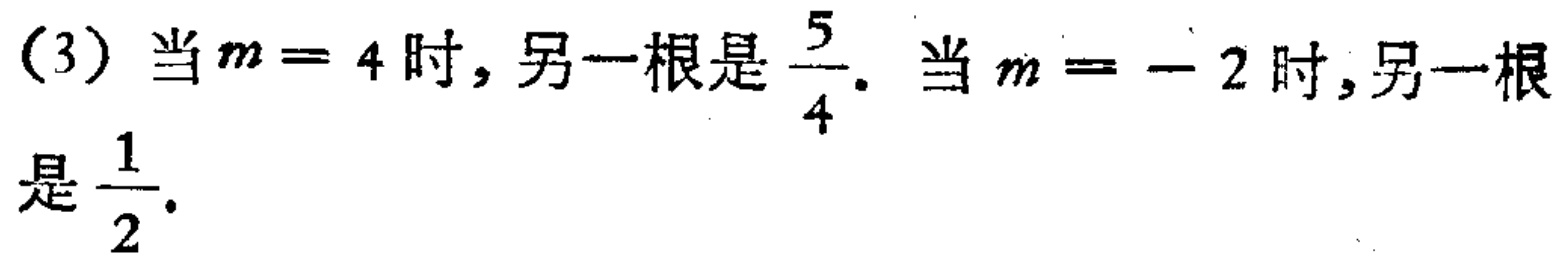
（3）当\(m = 4\)时，另一根是\(\frac{5}{4}\)。当\(m = - 2\)时，另一根是\(\frac{1}{2}\)。